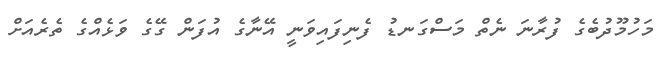
މަހުމޫދުބެގެ ފުރާނަ ނެތް މަސްގަނޑު ފެނިފައިވަނީ އޭނާގެ އުފަން ގޭގެ ވަޅެއްގެ ތެރެއަށް